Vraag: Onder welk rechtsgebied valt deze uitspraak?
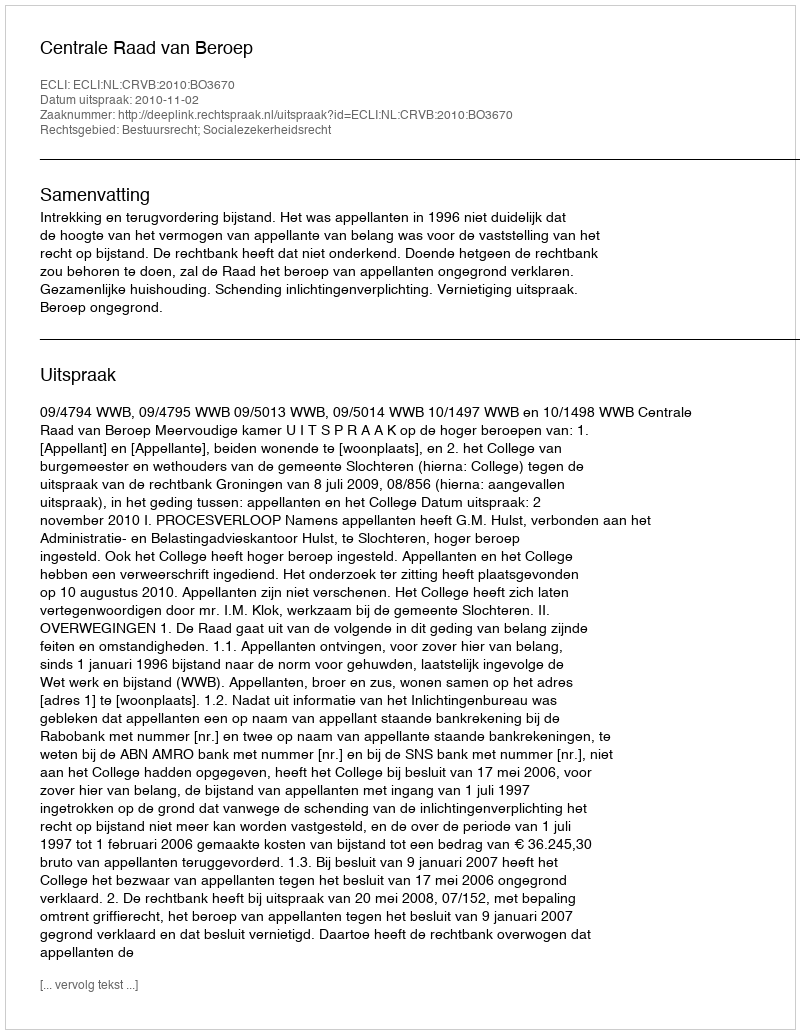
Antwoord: Bestuursrecht; Socialezekerheidsrecht